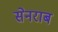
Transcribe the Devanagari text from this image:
सेनराब